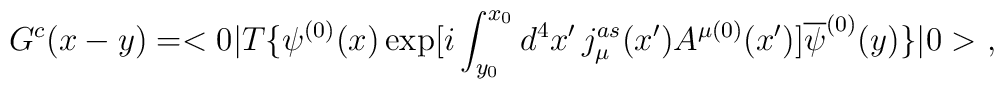
G^{c}(x-y)=<0|T\{\psi^{(0)}(x)\exp[i\int_{y_0}^{x_0} d^4x'\,j_{\mu}^{as}(x')A^{\mu (0)}(x')]\overline{\psi}^{(0)}(y)\}|0>\,\,,